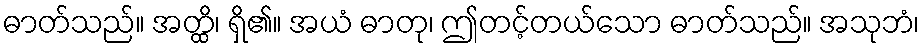
ဓာတ်သည်။ အတ္ထိ၊ ရှိ၏။ အယံ ဓာတု၊ ဤတင့်တယ်သော ဓာတ်သည်။ အသုဘံ၊